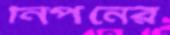
নির্পনের